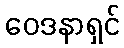
ဝေဒနာရှင်